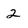
Character: 2